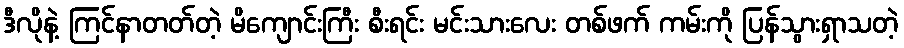
ဒီလိုနဲ့ ကြင်နာတတ်တဲ့ မိကျောင်းကြီး စီးရင်း မင်းသားလေး တစ်ဖက် ကမ်းကို ပြန်သွားရှာသတဲ့